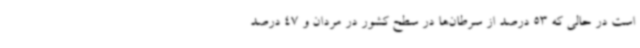
است در حالی که 53 درصد از سرطان‌ها در سطح کشور در مردان و 47 درصد